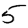
Digit: 5